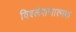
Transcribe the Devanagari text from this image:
विश्लेशणात्मक